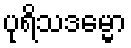
ပုရိသဒမ္မော